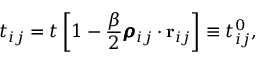
t _ { i j } = t \left[ 1 - \frac { \beta } { 2 } \pmb { \rho } _ { i j } \cdot \mathbf { r } _ { i j } \right] \equiv t _ { i j } ^ { 0 } ,